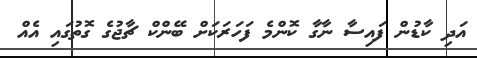
އަދި ކާޑުން ފައިސާ ނާގާ ކޮންމެ ފަހަރަކަށް ބޭންކް ޗާޖުގެ ގޮތުގައި އެއް